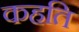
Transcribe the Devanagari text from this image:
कहति